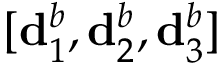
[ \mathbf { d } _ { 1 } ^ { b } , \mathbf { d } _ { 2 } ^ { b } , \mathbf { d } _ { 3 } ^ { b } ]